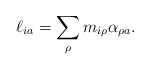
\begin{align*}\ell_{ia} = \sum_\rho m_{i \rho}\alpha_{\rho a}.\end{align*}